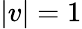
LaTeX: |v|=1